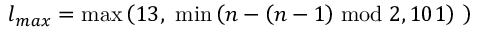
l _ { m a x } = \operatorname* { m a x } \left( 1 3 , \ \operatorname* { m i n } \left( n - \left( n - 1 \right) \bmod 2 , 1 0 1 \right) \ \right)